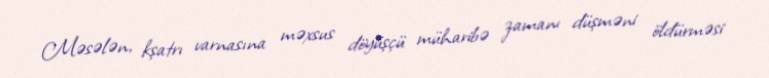
Məsələn, kşatrı varnasına məxsus döyüşçü müharibə zamanı düşməni öldürməsi